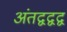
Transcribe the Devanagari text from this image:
अंतद्वद्वद्व